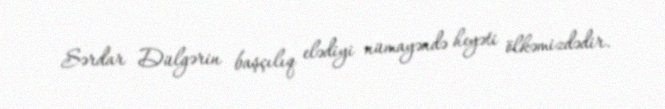
Sərdar Dülgərin başçılıq elədiyi nümayəndə heyəti ölkəmizdədir.